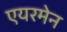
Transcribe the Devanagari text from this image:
एयरमेन